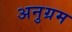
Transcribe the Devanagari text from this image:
अनुग्रम